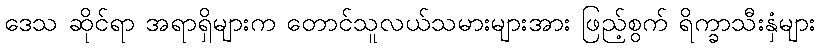
ဒေသ ဆိုင်ရာ အရာရှိများက တောင်သူလယ်သမားများအား ဖြည့်စွက် ရိက္ခာသီးနှံများ